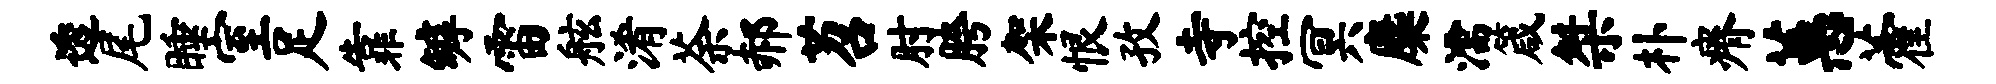
透尾睡室足靠罅雷舷淆荼郝苕肘胯架恨孜寺控冥麋濡箴桀朴瘠蕙藿